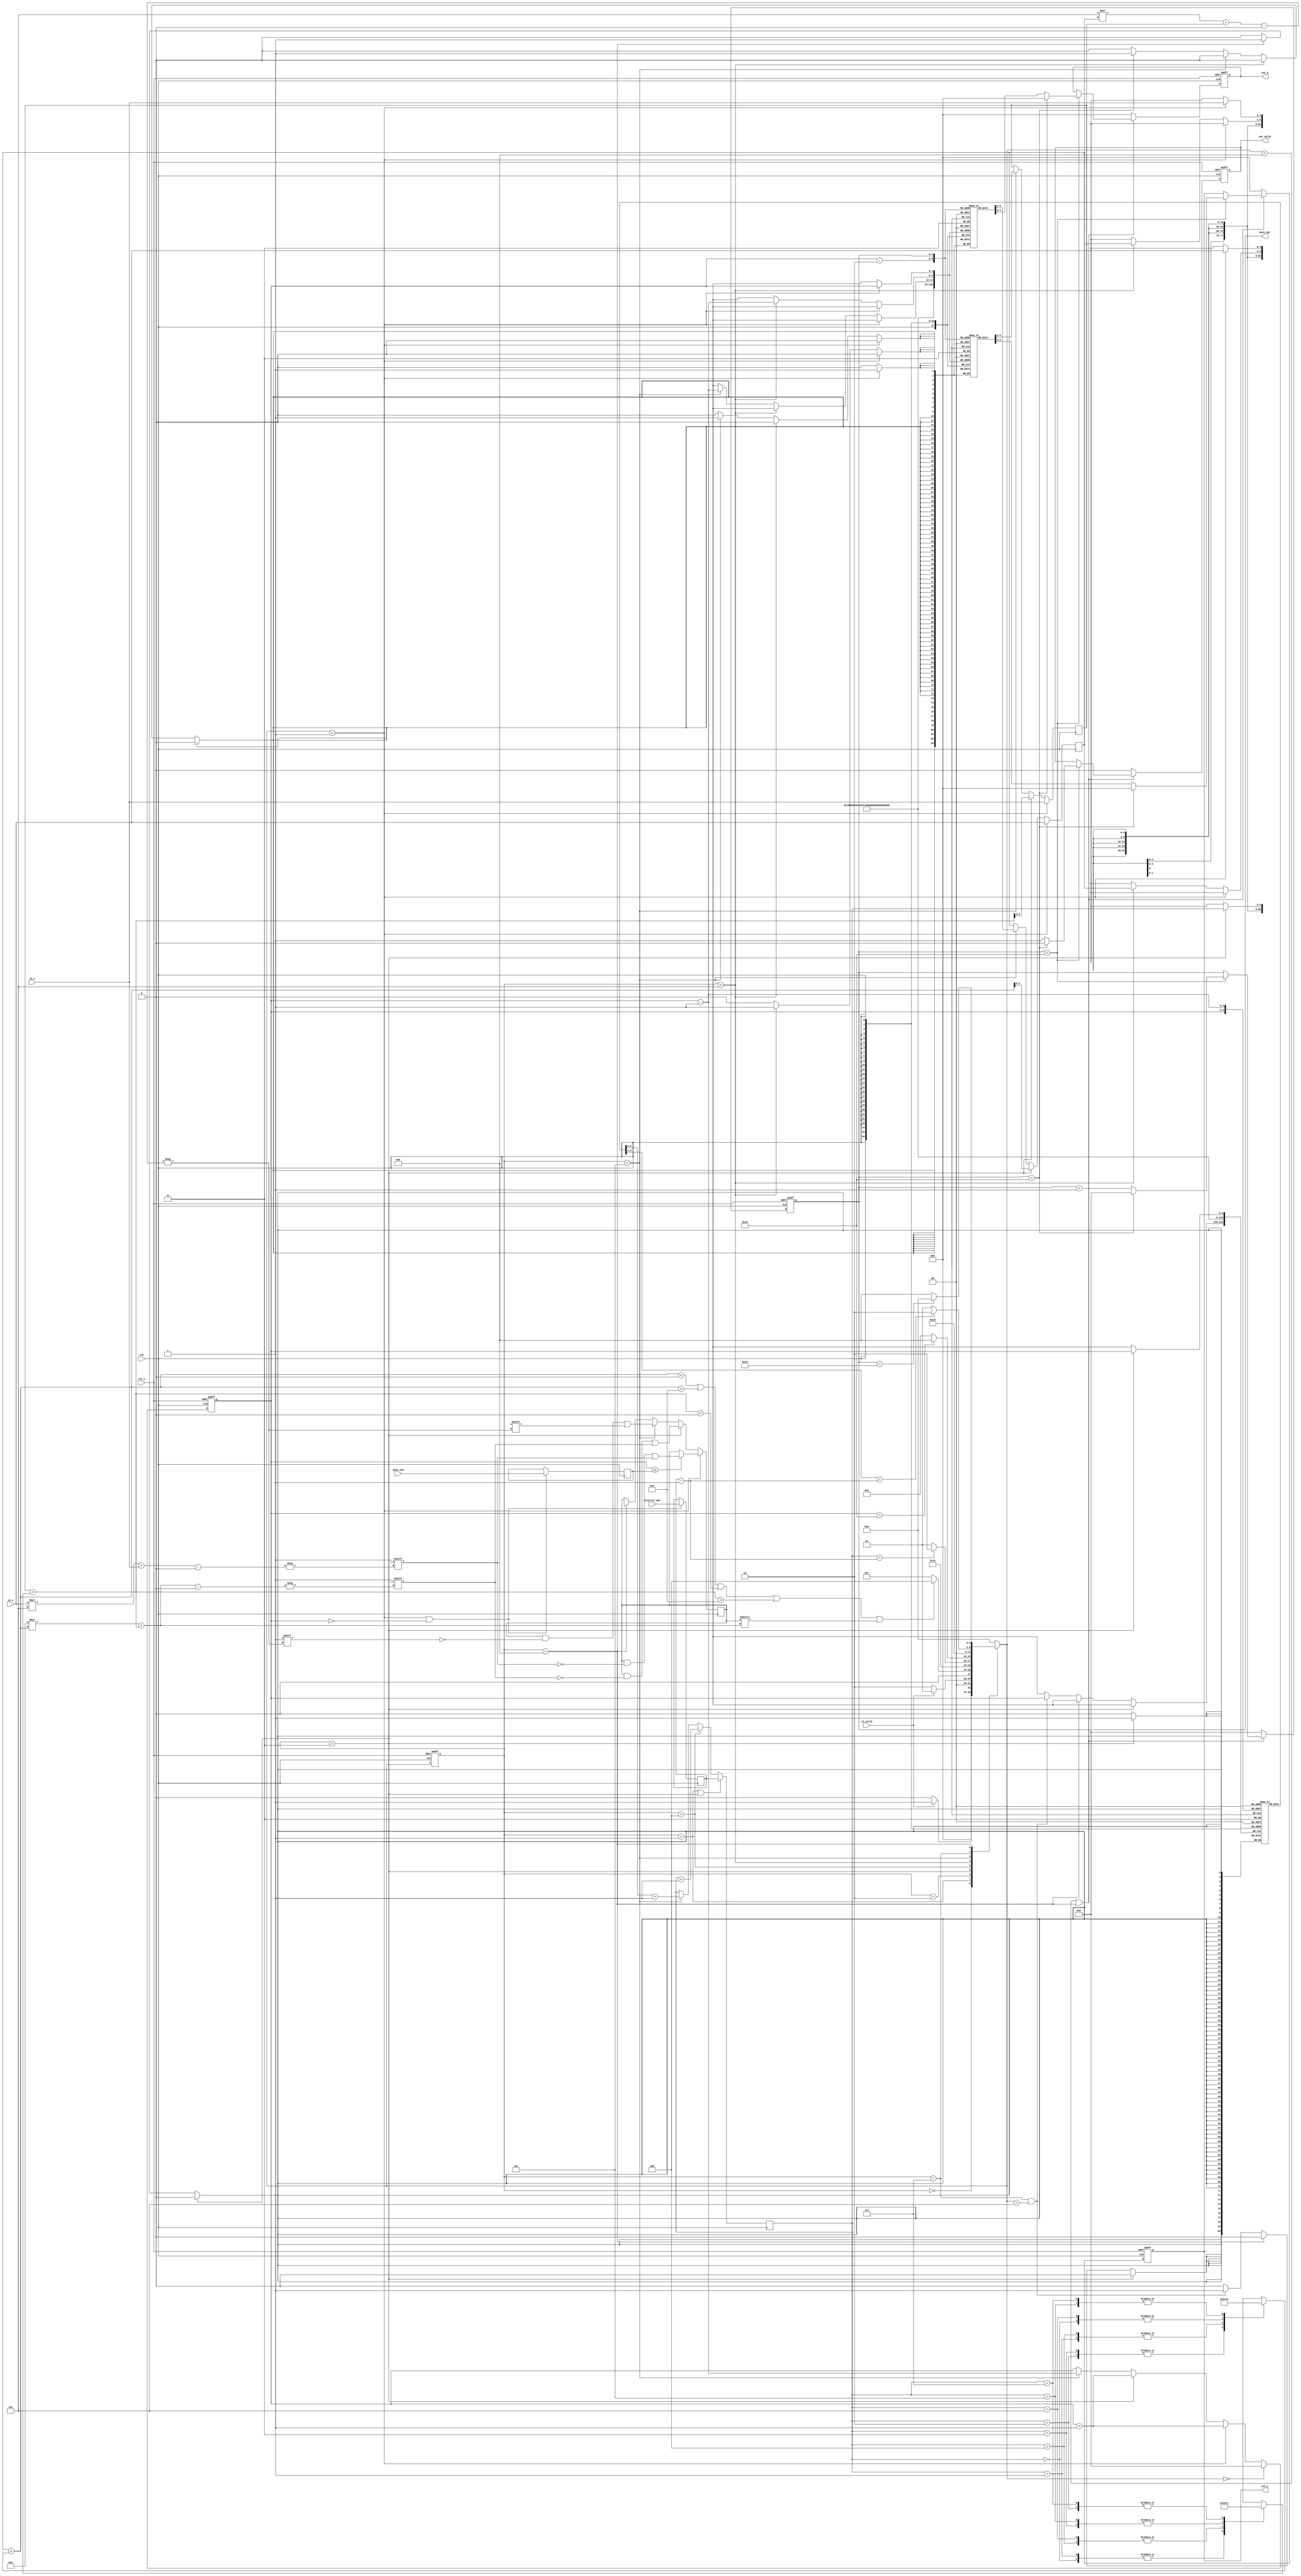
module KT(
    clk,
    rst_n,
    in_valid,
    in_x,
    in_y,
    move_num,
    priority_num,
    out_valid,
    out_x,
    out_y,
    move_out
);

input clk,rst_n;
input in_valid;
input [2:0] in_x,in_y;
input [4:0] move_num;
input [2:0] priority_num;

output reg out_valid;
output reg [2:0] out_x,out_y;
output reg [4:0] move_out;

parameter idle = 0;
parameter read = 1;
parameter check = 2;
parameter next_cnt = 3;
parameter next_direct = 4;
parameter exe = 5;
parameter back = 6;
parameter check_back = 7;
parameter finish = 8;



reg [3:0]cs, ns;
reg [4:0]read_cnt;
reg [2:0] x_cur;
reg [2:0] y_cur;
reg [4:0] move_cnt;
reg [2:0] priority_dir, last_dir;
reg [2:0] visited_x [0:24];
reg [2:0] visited_y [0:24];
reg [24:0] visited_table;
reg [2:0]temp_dir;
reg [2:0] pre_direct [0:24];
wire signed [3:0] move_x [0:7];
wire signed [3:0] move_y [0:7];
//move
assign move_x[0] = -1;
assign move_x[1] =  1;
assign move_x[2] =  2;
assign move_x[3] =  2;
assign move_x[4] =  1;
assign move_x[5] = -1;
assign move_x[6] = -2;
assign move_x[7] = -2;
assign move_y[0] =  2;
assign move_y[1] =  2;
assign move_y[2] =  1;
assign move_y[3] = -1;
assign move_y[4] = -2;
assign move_y[5] = -2;
assign move_y[6] = -1;
assign move_y[7] =  1;
wire signed [3:0] check_x, check_y;
assign check_x = x_cur + move_x[temp_dir];
assign check_y = y_cur + move_y[temp_dir];
assign last_dir = priority_dir - 1;
//cs
always @(posedge clk, negedge rst_n) begin
	if(!rst_n)
		cs <= idle;
	else
		cs <= ns;
end
//ns
always@(*)begin
	case (cs)
		idle: begin//0
			if(in_valid)
				ns = read;
			else
				ns = idle;
		end
		read:begin//1
			if(in_valid)
				ns = read;
			else
				ns = check;
		end
		check:begin//2
			if(check_x < 0 || check_x > 4 || check_y < 0 || check_y > 4 || visited_table[5 * check_x +check_y] == 1)
				ns = next_direct;
			else
				ns = next_cnt;
		end
		next_cnt://3
			ns = exe;
		next_direct:begin//4
			if(temp_dir == last_dir)
				ns = back;
			else
				ns = exe;
		end
		exe:begin//5
			if(read_cnt==25)
				ns = finish;
			else
				ns = check;
		end
		back://6
			ns = check_back;
		check_back:begin//7
			if(pre_direct[read_cnt] == last_dir)
				ns = back;
			else
				ns = exe;
		end
		finish://8
			if (move_out ==24) 
				ns = idle;
			else
				ns = finish;
		default: 
			ns = idle;
	endcase
end
//move_cnt priority_dir
always @(posedge clk) begin
	if(ns ==read && !read_cnt)begin
		move_cnt <= move_num;
		priority_dir <= priority_num;
		end
	else begin
		if(ns ==read && !read_cnt)begin
		move_cnt <= move_cnt;
		priority_dir <= priority_dir;
		end
	end
end
//read_cnt
always @(posedge clk, negedge rst_n) begin
	if(!rst_n)
		read_cnt <= 0;
	else if(ns == idle)
		read_cnt <= 0;
	else if(ns == read)
		read_cnt <= read_cnt + 1;
	else if(cs == next_cnt)
		read_cnt <= read_cnt + 1;
	else if(cs == back)
		read_cnt <= read_cnt - 1;
	else
		read_cnt <= read_cnt;
end
//cur
always @(posedge clk) begin
	if(ns == read)begin
		x_cur <= in_x;
		y_cur<= in_y;
	end
	else if(cs == next_cnt)begin
		x_cur <= check_x;
		y_cur <= check_y;
	end
	else if(cs == back)begin
		x_cur <= visited_x[read_cnt - 2];
		y_cur <= visited_y[read_cnt - 2];
	end
	else begin
		x_cur <= x_cur;
		y_cur <= y_cur;
	end	
end
//visited_pos
integer i;
always @(posedge clk) begin
	if(ns == read)begin
		visited_x[read_cnt] <= in_x;
		visited_y[read_cnt] <= in_y;
	end
	else if(cs == exe)begin
		visited_x[read_cnt - 1] <= x_cur;
		visited_y[read_cnt - 1] <= y_cur;
	end
	else if(cs == back)begin
		visited_x[read_cnt-1] <= 'bx;
		visited_y[read_cnt-1] <= 'bx;
	end
	else if( move_out ==25)begin
		for(i = 0;i<25;i= i+1)begin
			visited_x[i] <= 'bx;
			visited_y[i] <= 'bx;
		end
	end
end
//temp_dir
always @(posedge clk) begin
	if(cs == read || cs == next_cnt)
		temp_dir <= priority_dir;
	else if(cs == next_direct)
		temp_dir <= temp_dir + 1;
	else if(cs == back)
		temp_dir <= pre_direct[read_cnt -1] + 1;
end
//visited_table
always @(posedge clk ) begin
	if(ns == read)
	begin
		if(read_cnt <= move_cnt)
			visited_table[in_x *5 +in_y] <= 1;
	end
	else if(cs == next_cnt)
		visited_table[5*check_x +check_y]<=1;
	else if(cs == back)
		visited_table[5*x_cur+y_cur] <= 'bx;
	else if(cs == finish)
		visited_table <= 'bx;
	else
		visited_table <= visited_table;
end
always@(posedge clk or negedge rst_n) begin
	if(!rst_n) begin
		out_valid <= 0;
		move_out <= 0;
		out_x <= 0;
		out_y <= 0;
	end
	else if(ns == finish || cs ==finish ) begin
		if(move_out < 25)begin
			if(move_out==25)begin
				out_valid <= 0;
				move_out <= 0;
				out_x <= 0;
				out_y <= 0;
			end
			else begin
				out_valid <= 1;
				move_out <= move_out + 1;
				out_x <= visited_x [move_out];
				out_y <= visited_y [move_out];
			end
		end
	end
	else begin
		out_valid <= 0;
		move_out <= 0;
		out_x <= 0;
		out_y <= 0;
	end
end
//pre_direc
integer j;
always @(posedge clk ) begin
	if(cs == next_cnt)
		pre_direct[read_cnt]<=temp_dir;
	else if(cs == finish)begin
		for(j = 0;j < 25;j= j+1)begin
			pre_direct[j] <= 'bx;
		end
	end
	else if(cs== check_back && ns ==exe)
		pre_direct[read_cnt] <= 'bx;
end
endmodule